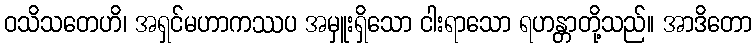
ဝသိသတေဟိ၊ အရှင်မဟာကဿပ အမှူးရှိသော ငါးရာသော ရဟန္တာတို့သည်။ အာဒိတော